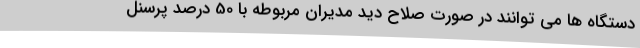
دستگاه ها می توانند در صورت صلاح‌ دید مدیران مربوطه با 50 درصد پرسنل